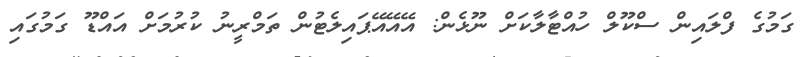
ގަމުގެ ފްލައިން ސްކޫލް ހުއްޓާލާކަށް ނޫޅެން: އޭއޭއޭޕައިލެޓުން ތަމްރީނު ކުރުމަށް އައްޑޫ ގަމުގައި